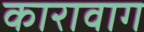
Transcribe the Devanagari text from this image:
कारावाग